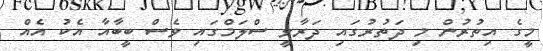
މީގެ އިތުރުން މި ދަތުރުގައި ދަރާވީ ސްލަމްގައި ވެސް ބީބާއާ އެކު އެއް